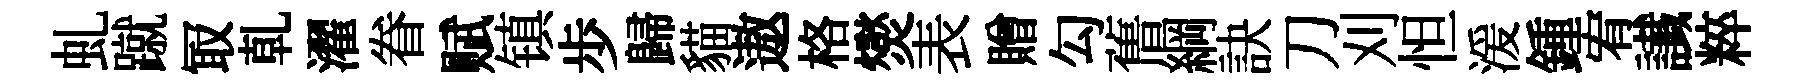
虬蹴冣乹濯眷赋镇歩歸貓遨格爕表贈勾𦾔綱訣刀刈怛湲鍾宥䜟粹